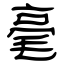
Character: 毫